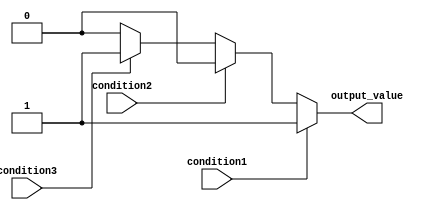
module Multiple_if_else (
    input wire condition1,
    input wire condition2,
    input wire condition3,
    output reg output_value
);

always @(*)
begin
    if (condition1)
        output_value = 1; // Output value for condition 1
    else if (condition2)
        output_value = 2; // Output value for condition 2
    else if (condition3)
        output_value = 3; // Output value for condition 3
    else
        output_value = 0; // Default output value
end

endmodule